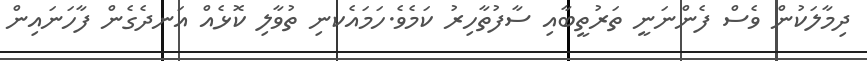
ދިމާލަކުން ވެސް ފެންނަނީ ތަރުތީބާއި ސާފުތާހިރު ކަމެެވެ.ހަމައެކނި ތުވާލި ކޮޅެއް އަނދެގެން ފާހަނައިން